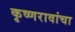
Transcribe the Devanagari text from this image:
कृष्णरावांचा